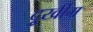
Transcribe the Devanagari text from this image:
दुूर्खीम